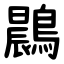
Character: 鷐